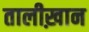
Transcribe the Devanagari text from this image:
तालीख़ान